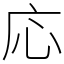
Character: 応